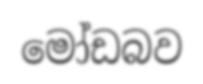
මෝඩබව